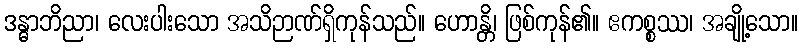
ဒန္ဓာဘိညာ၊ လေးပါးသော အသိဉာဏ်ရှိကုန်သည်။ ဟောန္တိ၊ ဖြစ်ကုန်၏။ ဧကစ္စဿ၊ အချို့သော။